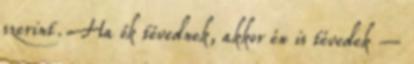
szerint. Ha ők tévednek, akkor én is tévedek –